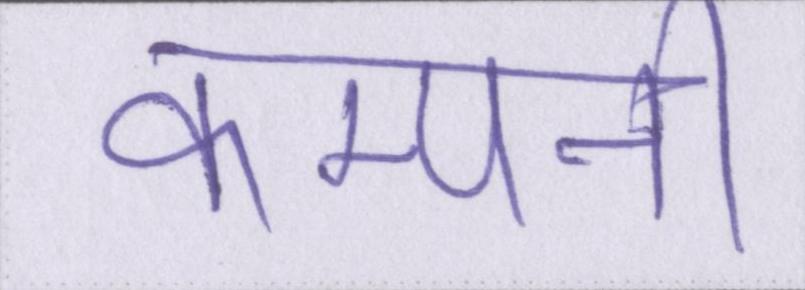
कम्पनी